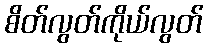
စိတ်လွတ်ကိုယ်လွတ်